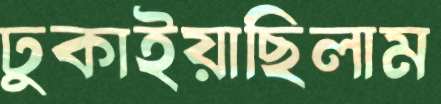
ঢুকাইয়াছিলাম